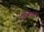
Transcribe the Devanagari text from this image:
पद्यलेखक